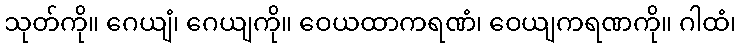
သုတ်ကို။ ဂေယျံ၊ ဂေယျကို။ ဝေယထာကရဏံ၊ ဝေယျကရဏကို။ ဂါထံ၊